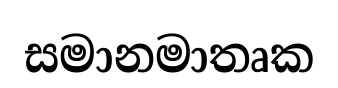
සමානමාතෘක